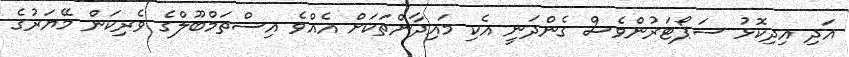
އަދި އިދިކޮޅު ސަޕޯޓަރުންވެސް ގެންދަނީ އެކި މައިދާންތަކަށް އެއްވެ އިސްތަމްބޫލްގެ ވެރިކަން މޭޔަރުގެ